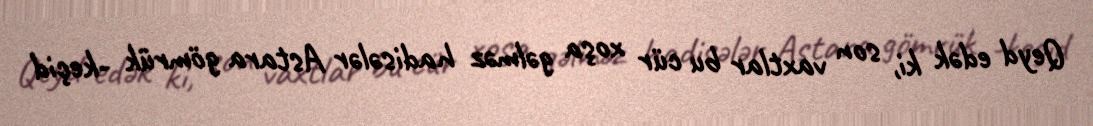
Qeyd edək ki, son vaxtlar bu cür xoşa gəlməz hadisələr Astara gömrük -keçid